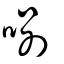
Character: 哵